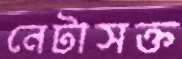
নেটাসক্ত